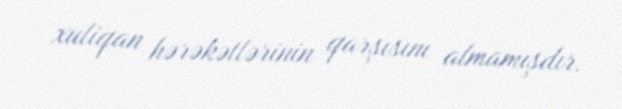
xuliqan hərəkətlərinin qarşısını almamışdır.